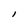
Character: l